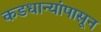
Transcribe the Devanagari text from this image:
कडधान्यांपासून